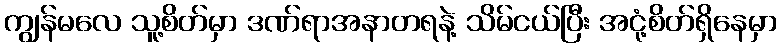
ကျွန်မလေ သူ့စိတ်မှာ ဒဏ်ရာအနာတရနဲ့ သိမ်ငယ်ပြီး အငုံ့စိတ်ရှိနေမှာ